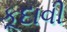
કૂદાવી